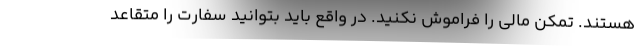
هستند. تمکن مالی را فراموش نکنید. در واقع باید بتوانید سفارت را متقاعد